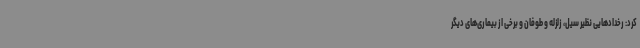
کرد: رخدادهایی نظیر سیل، زلزله و طوفان و برخی از بیماری‌های دیگر